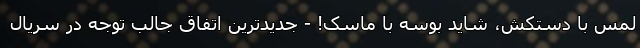
لمس با دستکش، شاید بوسه با ماسک! - جدیدترین اتفاق جالب توجه در سریال